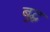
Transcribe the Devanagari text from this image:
बुद्घ